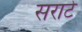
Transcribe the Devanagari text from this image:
सराटे